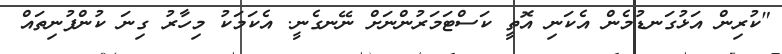
"ކުރިން އަޅުގަނޑުމެން އެކަނި އޮތީ ކަސްޓަމަރުންނަށް ނޭނގެނީ. އެކަމަކު މިހާރު ގިނަ ކުންފުނިތައް